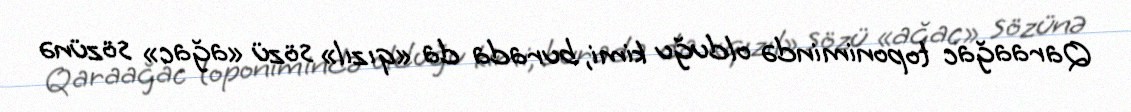
Qaraağac toponimində olduğu kimi, burada da «qızıl» sözü «ağac» sözünə